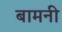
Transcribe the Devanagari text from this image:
बामनी